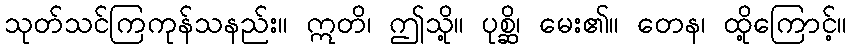
သုတ်သင်ကြကုန်သနည်း။ ဣတိ၊ ဤသို့။ ပုစ္ဆိ၊ မေး၏။ တေန၊ ထို့ကြောင့်။